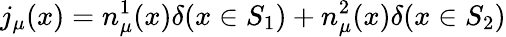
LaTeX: j_{\mu}(x)=n_{\mu}^{1}(x)\delta(x\in S_{1})+n_{\mu}^{2}(x)\delta(x\in S_{2})